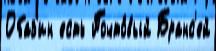
Обаз'ин есть Почто́вый Бранс'ей